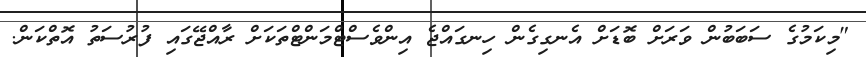
"މިކަމުގެ ސަބަބުން ވަރަށް ބޮޑަށް އެނގިގެން ހިނގައްޖެ އިންވެސްޓްމަންޓްތަކަށް ރާއްޖޭގައި ފުރުސަތު އޮތްކަން.